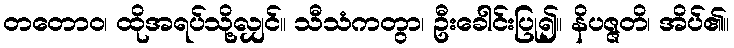
တတောဝ၊ ထိုအရပ်သို့လျှင်။ သီသံကတွာ၊ ဦးခေါင်းပြု၍။ နိပဇ္ဇတိ၊ အိပ်၏။